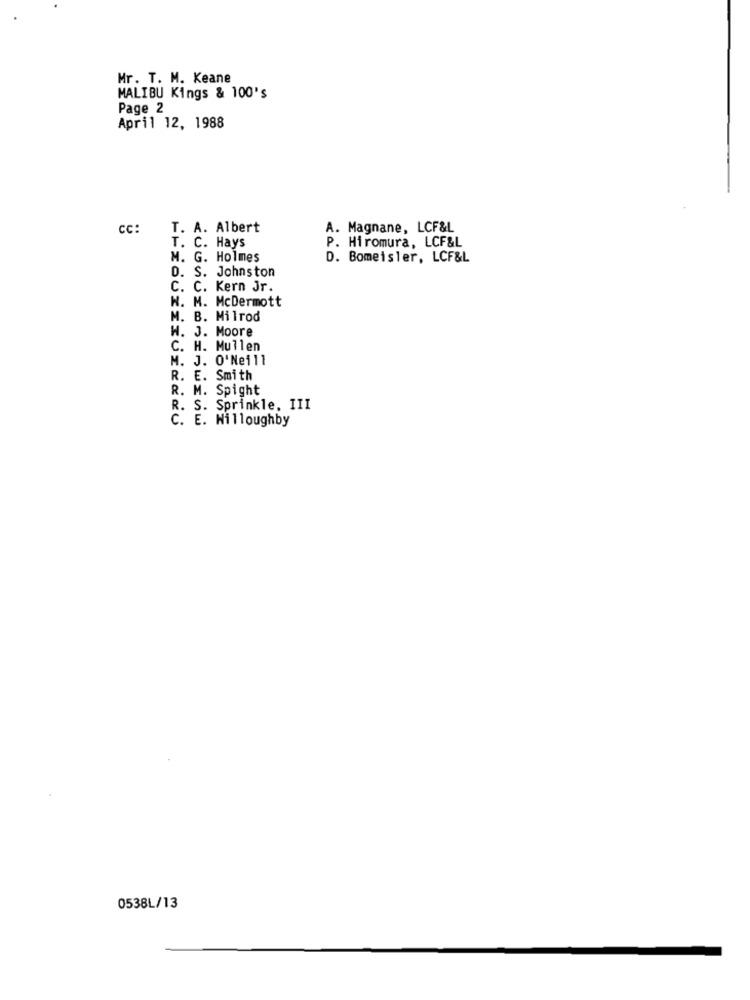
Mr. T. M. Keane
MALIBU Kings & 100's
Page 2
April 12, 1988
CC:
T. A. Albert
A. Magnane, LCF&L
T. C. Hays
P. Hiromura, LCF&L
M. G. Holmes
D. Bomeisler, LCF&L
D. S. Johnston
C. C. Kern Jr.
W. M. McDermott
M. B. Milrod
W. J. Moore
C. H. Mullen
M. J. O'Nei11
UZIIUT
R. E. Smith
R. M. Spight
R. S. Sprinkle, III
C. E. Willoughby
0538L/13